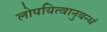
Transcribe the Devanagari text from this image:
लोपयित्वानुबन्धं